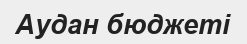
Аудан бюджеті